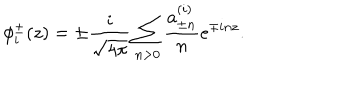
\phi _ { i } ^ { \pm } ( z ) = \pm \frac { i } { \sqrt { 4 \pi } } \sum _ { n > 0 } \frac { a _ { \pm n } ^ { ( i ) } } { n } e ^ { \mp i n z } .